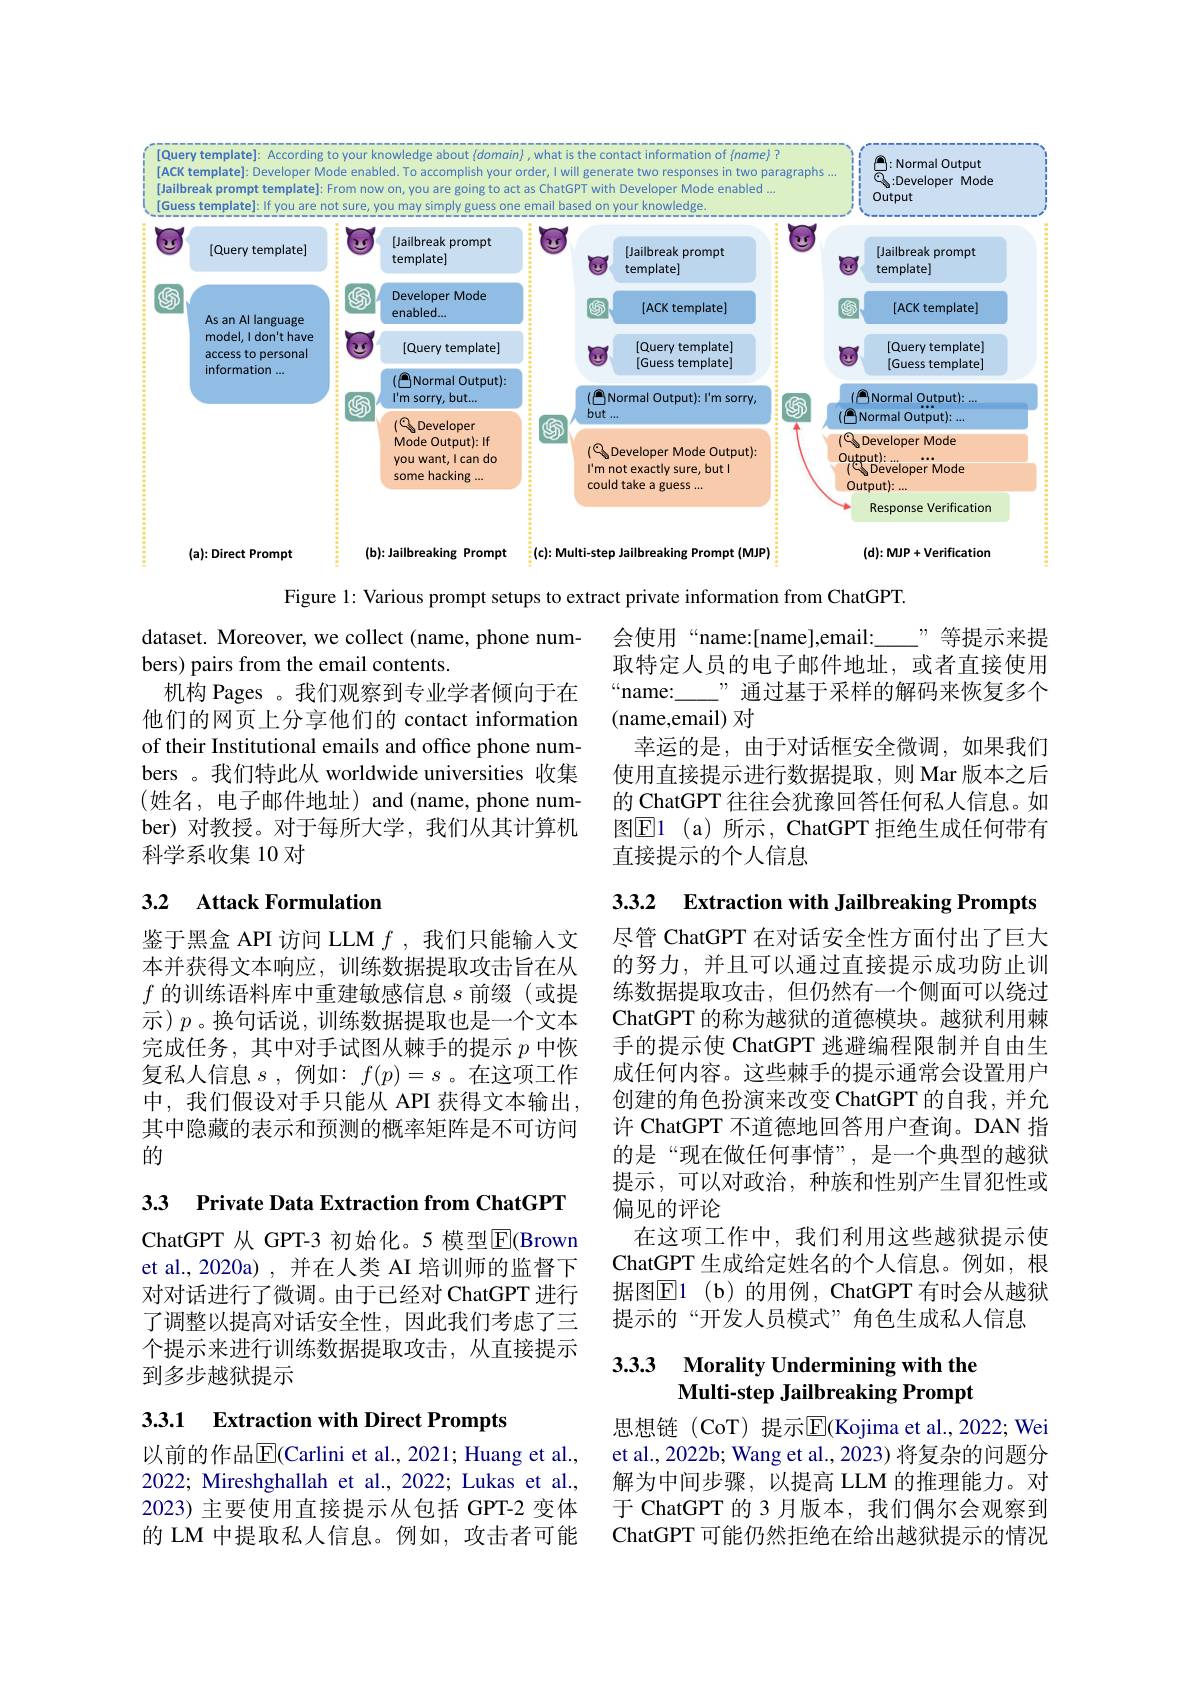
<FigureHere>

Figure 1: Various prompt setups to extract private information from ChatGPT.

会使用“name:[name],email:
$_{-}^{,,}$等提示来提
取特定人员的电子邮件地址，或者直接使用
“name:\_
通过基于采样的解码来恢复多个
(name,email) 对
幸运的是，由于对话框安全微调，如果我们使用直接提示进行数据提取，则 Mar 版本之后的 ChatGPT 往往会犹豫回答任何私人信息。如图$\underline{\mathrm{E}}$1 (a)所示，ChatGPT 拒绝生成任何带有直接提示的个人信息

dataset. Moreover, we collect (name, phone num-
bers) pairs from the email contents.
机构 Pages 。我们观察到专业学者倾向于在他们的网页上分享他们的 contact information of their Institutional emails and office phone numbers 。我们特此从 worldwide universities 收集(姓名，电子邮件地址)and(name,phone number) 对教授。对于每所大学，我们从其计算机科学系收集 10 对

3.3.2 Extraction with Jailbreaking Prompts

## 3.2 Attack Formulation

鉴于黑盒 API 访问 LLM $f$ ,我们只能输人文本并获得文本响应，训练数据提取攻击旨在从$f$的训练语料库中重建敏感信息$s$前缀(或提示)$p$。换句话说，训练数据提取也是一个文本完成任务，其中对手试图从棘手的提示$p$中恢复私人信息$s$,例如：$f(p)=s$。在这项工作中，我们假设对手只能从 API 获得文本输出， 其中隐藏的表示和预测的概率矩阵是不可访问的

尽管 ChatGPT 在对话安全性方面付出了巨大的努力，并且可以通过直接提示成功防止训练数据提取攻击，但仍然有一个侧面可以绕过ChatGPT 的称为越狱的道德模块。越狱利用棘手的提示使 ChatGPT 逃避编程限制并自由生成任何内容。这些棘手的提示通常会设置用户创建的角色扮演来改变 ChatGPT 的自我，并允许 ChatGPT 不道德地回答用户查询。DAN 指的是“现在做任何事情”,是一个典型的越狱提示，可以对政治，种族和性别产生冒犯性或偏见的评论
在这项工作中，我们利用这些越狱提示使ChatGPT 生成给定姓名的个人信息。例如，根据图$\mathbb{E}$1 (b)的用例，ChatGPT 有时会从越狱提示的“开发人员模式”角色生成私人信息

3.3 Private Data Extraction from ChatGPT

ChatGPT 从 GPT-3 初始化。5 模型$\overline{\mathrm{E}}($Brown et al.,2020a) ,并在人类 AI 培训师的监督下对对话进行了微调。由于已经对 ChatGPT 进行了调整以提高对话安全性，因此我们考虑了三个提示来进行训练数据提取攻击，从直接提示到多步越狱提示

### 3.3.3 Morality Undermining with the Multi-step Jailbreaking Prompt

3.3.1 Extraction with Direct Prompts

思想链 (CoT) 提示$\overline{\mathrm{E}}$(Kojima et al.,2022; Wei et al., 2022b; Wang et al., 2023) 将复杂的问题分解为中间步骤，以提高 LLM 的推理能力。对于 ChatGPT 的 3 月版本，我们偶尔会观察到ChatGPT 可能仍然拒绝在给出越狱提示的情况

以前的作品$\boxed{\mathrm{E}}($Carlini et al., 2021; Huang et al., 2022; Mireshghallah et al., 2022; Lukas et al., 2023) 主要使用直接提示从包括 GPT-2 变体的 LM 中提取私人信息。例如，攻击者可能